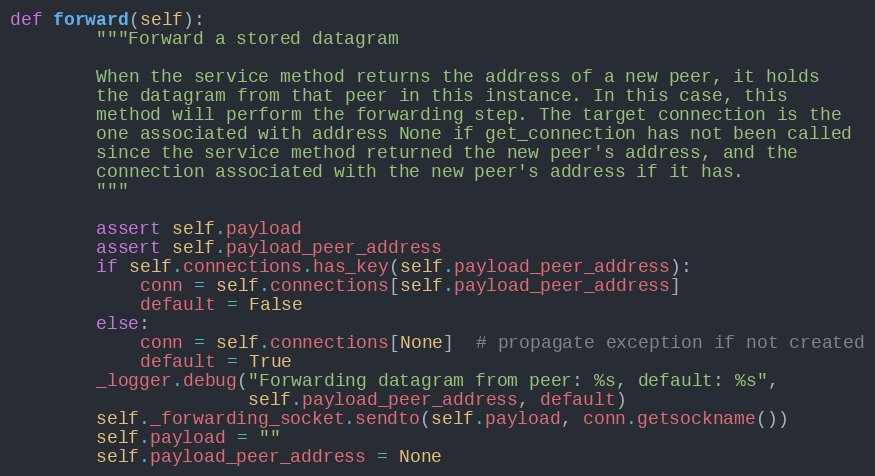
Language: Python
def forward(self):
        """Forward a stored datagram

        When the service method returns the address of a new peer, it holds
        the datagram from that peer in this instance. In this case, this
        method will perform the forwarding step. The target connection is the
        one associated with address None if get_connection has not been called
        since the service method returned the new peer's address, and the
        connection associated with the new peer's address if it has.
        """

        assert self.payload
        assert self.payload_peer_address
        if self.connections.has_key(self.payload_peer_address):
            conn = self.connections[self.payload_peer_address]
            default = False
        else:
            conn = self.connections[None]  # propagate exception if not created
            default = True
        _logger.debug("Forwarding datagram from peer: %s, default: %s",
                      self.payload_peer_address, default)
        self._forwarding_socket.sendto(self.payload, conn.getsockname())
        self.payload = ""
        self.payload_peer_address = None